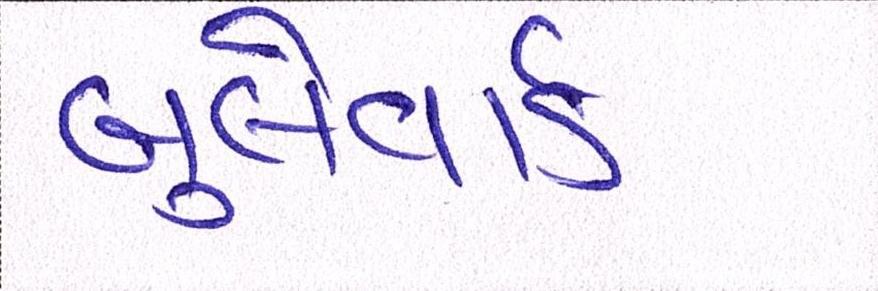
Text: બુલેવાર્ડ